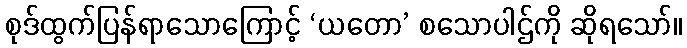
စုဒ်ထွက်ပြန်ရာသောကြောင့် ‘ယတော’ စသောပါဌ်ကို ဆိုရသော်။